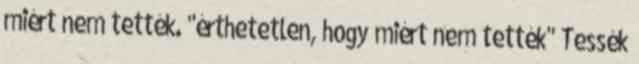
miért nem tették. "érthetetlen, hogy miért nem tették" Tessék